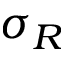
\sigma _ { R }